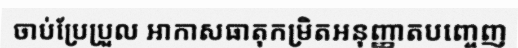
ចាប់ប្រែប្រួល អាកាសធាតុកម្រិតអនុញ្ញាតបញ្ចេញ